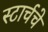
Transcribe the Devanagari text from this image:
स्टार्चचे